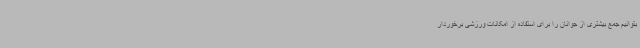
بتوانیم جمع بیشتری از جوانان را برای استفاده از امکانات ورزشی برخوردار